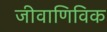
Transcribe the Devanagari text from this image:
जीवाणिविक